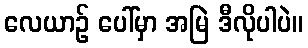
လေယာဉ် ပေါ်မှာ အမြဲ ဒီလိုပါပဲ။